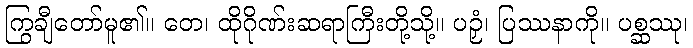
ကြွချီတော်မူ၏။ တေ၊ ထိုဂိုဏ်းဆရာကြီးတို့သို့။ ပဉှံ၊ ပြဿနာကို။ ပစ္ဆဿု၊